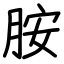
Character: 胺